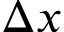
\Delta x